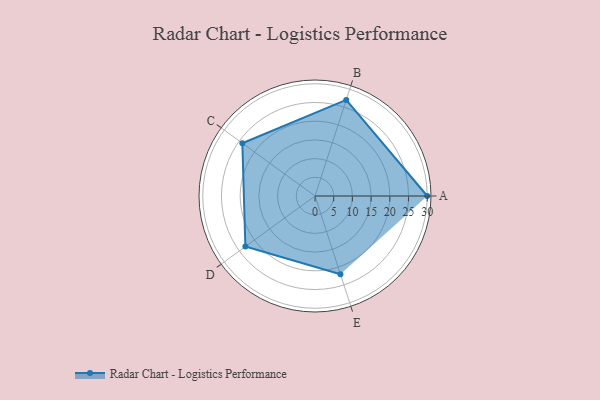
{"axis": {"x": "Skill", "y": "Score"}, "legend": ["Profile"], "data": [{"x": "A", "y": 30.0, "type": "Profile"}, {"x": "B", "y": 27.0, "type": "Profile"}, {"x": "C", "y": 24.0, "type": "Profile"}, {"x": "D", "y": 23.0, "type": "Profile"}, {"x": "E", "y": 22.0, "type": "Profile"}]}